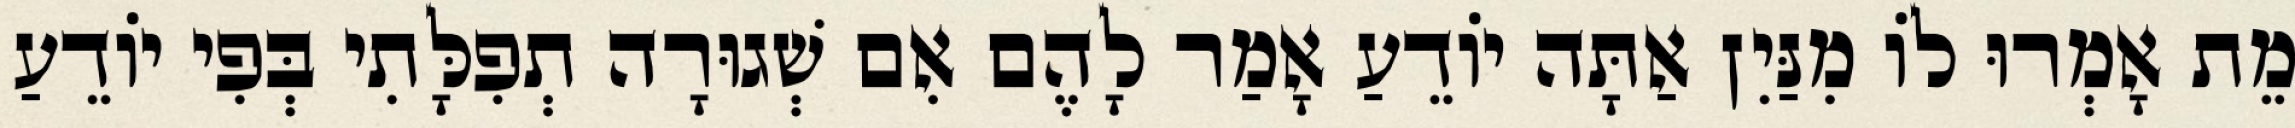
מֵת אָמְרוּ לוֹ מִנַּיִן אַתָּה יוֹדֵעַ אָמַר לָהֶם אִם שְׁגוּרָה תְפִלָּתִי בְּפִי יוֹדֵעַ